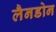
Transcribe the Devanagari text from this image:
लैनडोन